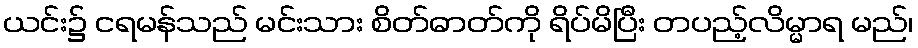
ယင်း၌ ငရမန်သည် မင်းသား စိတ်ဓာတ်ကို ရိပ်မိပြီး တပည့်လိမ္မာရ မည်၊